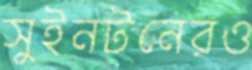
সুইনটনেরও